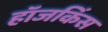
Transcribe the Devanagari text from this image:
हॉजकिंस